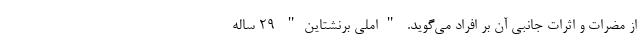
از مضرات و اثرات جانبی آن بر افراد می‌گوید. "املی برنشتاین" 29 ساله